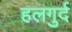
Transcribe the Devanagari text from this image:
हलगुर्द